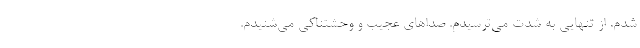
شدم. از تنهایی به شدت می‌ترسیدم. صدا‌های عجیب و وحشتناکی می‌شنیدم.